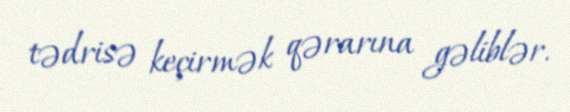
tədrisə keçirmək qərarına gəliblər.